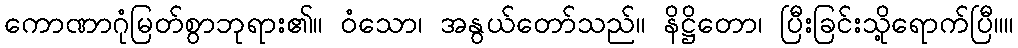
ကောဏာဂုံမြတ်စွာဘုရား၏။ ဝံသော၊ အနွယ်တော်သည်။ နိဋ္ဌိတော၊ ပြီးခြင်းသို့ရောက်ပြီ။။